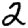
Digit: 2